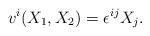
LaTeX: \begin{align*}v^{i}(X_{1},X_{2})=\epsilon^{ij}X_{j}.\end{align*}